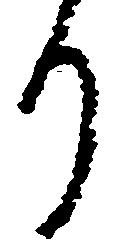
り